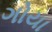
ગોયા